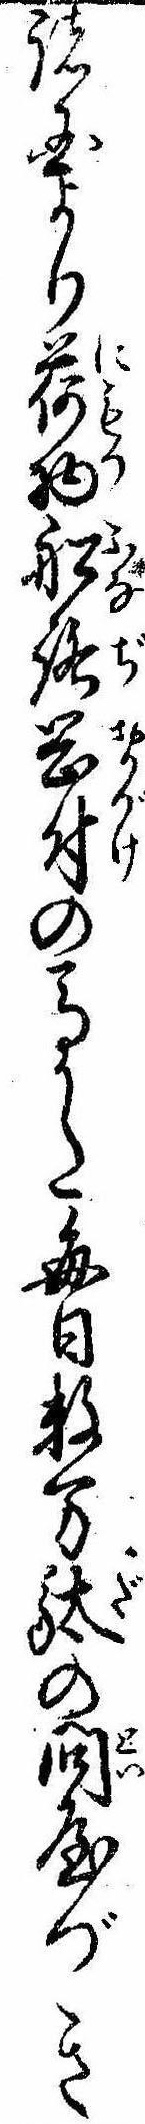
諸国より荷物船路岡付の馬かた毎日数万駄の問屋づき